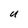
Character: U